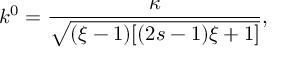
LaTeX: k ^ { 0 } = \frac { \kappa } { \sqrt { ( \xi - 1 ) [ ( 2 s - 1 ) \xi + 1 ] } } ,